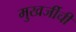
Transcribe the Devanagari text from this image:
मुखर्जीची